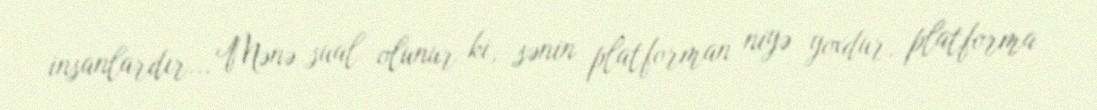
insanlardır... Mənə sual olunur ki, sənin platforman niyə yoxdur, platforma